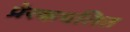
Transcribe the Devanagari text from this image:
प्रेरकचलित